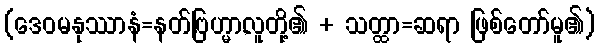
(ဒေဝမနုဿာနံ=နတ်,ဗြဟ္မာ,လူတို့၏ + သတ္ထာ=ဆရာ ဖြစ်တော်မူ၏)